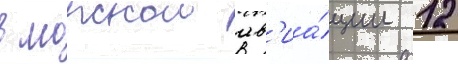
в морскои ав'иа́ции 12